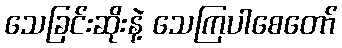
သေခြင်းဆိုးနဲ့ သေကြပါစေတော်